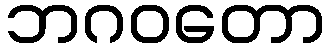
ဘဂဝတော